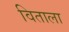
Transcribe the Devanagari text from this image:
विताला